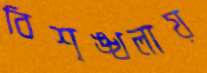
বিশৃঙ্খলায়